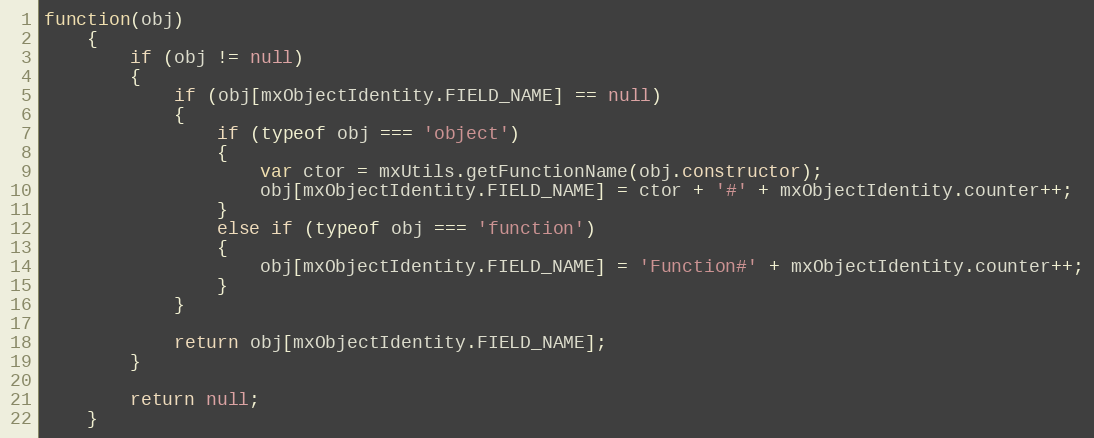
Language: JavaScript
function(obj)
	{
		if (obj != null)
		{
			if (obj[mxObjectIdentity.FIELD_NAME] == null)
			{
				if (typeof obj === 'object')
				{
					var ctor = mxUtils.getFunctionName(obj.constructor);
					obj[mxObjectIdentity.FIELD_NAME] = ctor + '#' + mxObjectIdentity.counter++;
				}
				else if (typeof obj === 'function')
				{
					obj[mxObjectIdentity.FIELD_NAME] = 'Function#' + mxObjectIdentity.counter++;
				}
			}

			return obj[mxObjectIdentity.FIELD_NAME];
		}

		return null;
	}